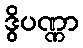
ဒွိပဏ္ဏာ